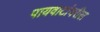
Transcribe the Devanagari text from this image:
पायवाटांवरील